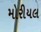
મોરીયલ